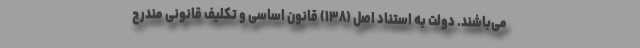
می‌باشند. دولت به استناد اصل (۱۳۸) قانون اساسی و تکلیف قانونی مندرج